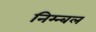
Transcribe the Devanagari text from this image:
निम्न्बल